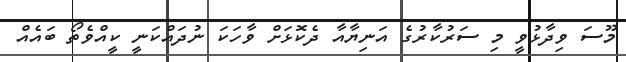
މޫސަ ވިދާޅުވީ މި ސަރުކާރުގެ އަނިޔާއާ ދެކޮޅަށް ވާހަކަ ނުދައްކަނީ ކީއްވެތޯ ބައެއް